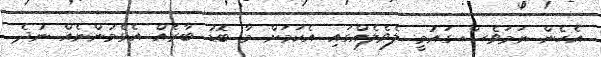
އެހެން ނަމަވެސް ގައުމީ ލެވެލެއްގައި އެކަމަށް މާ ބޮޑު ބާރެއް އެޅެމުންނެއް ނުދެ